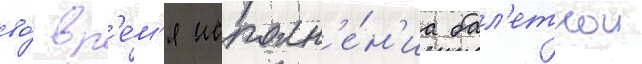
во́ вр'е́м'я исполн'е́н'иа бал'етнои